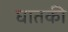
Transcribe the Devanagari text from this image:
घातकी